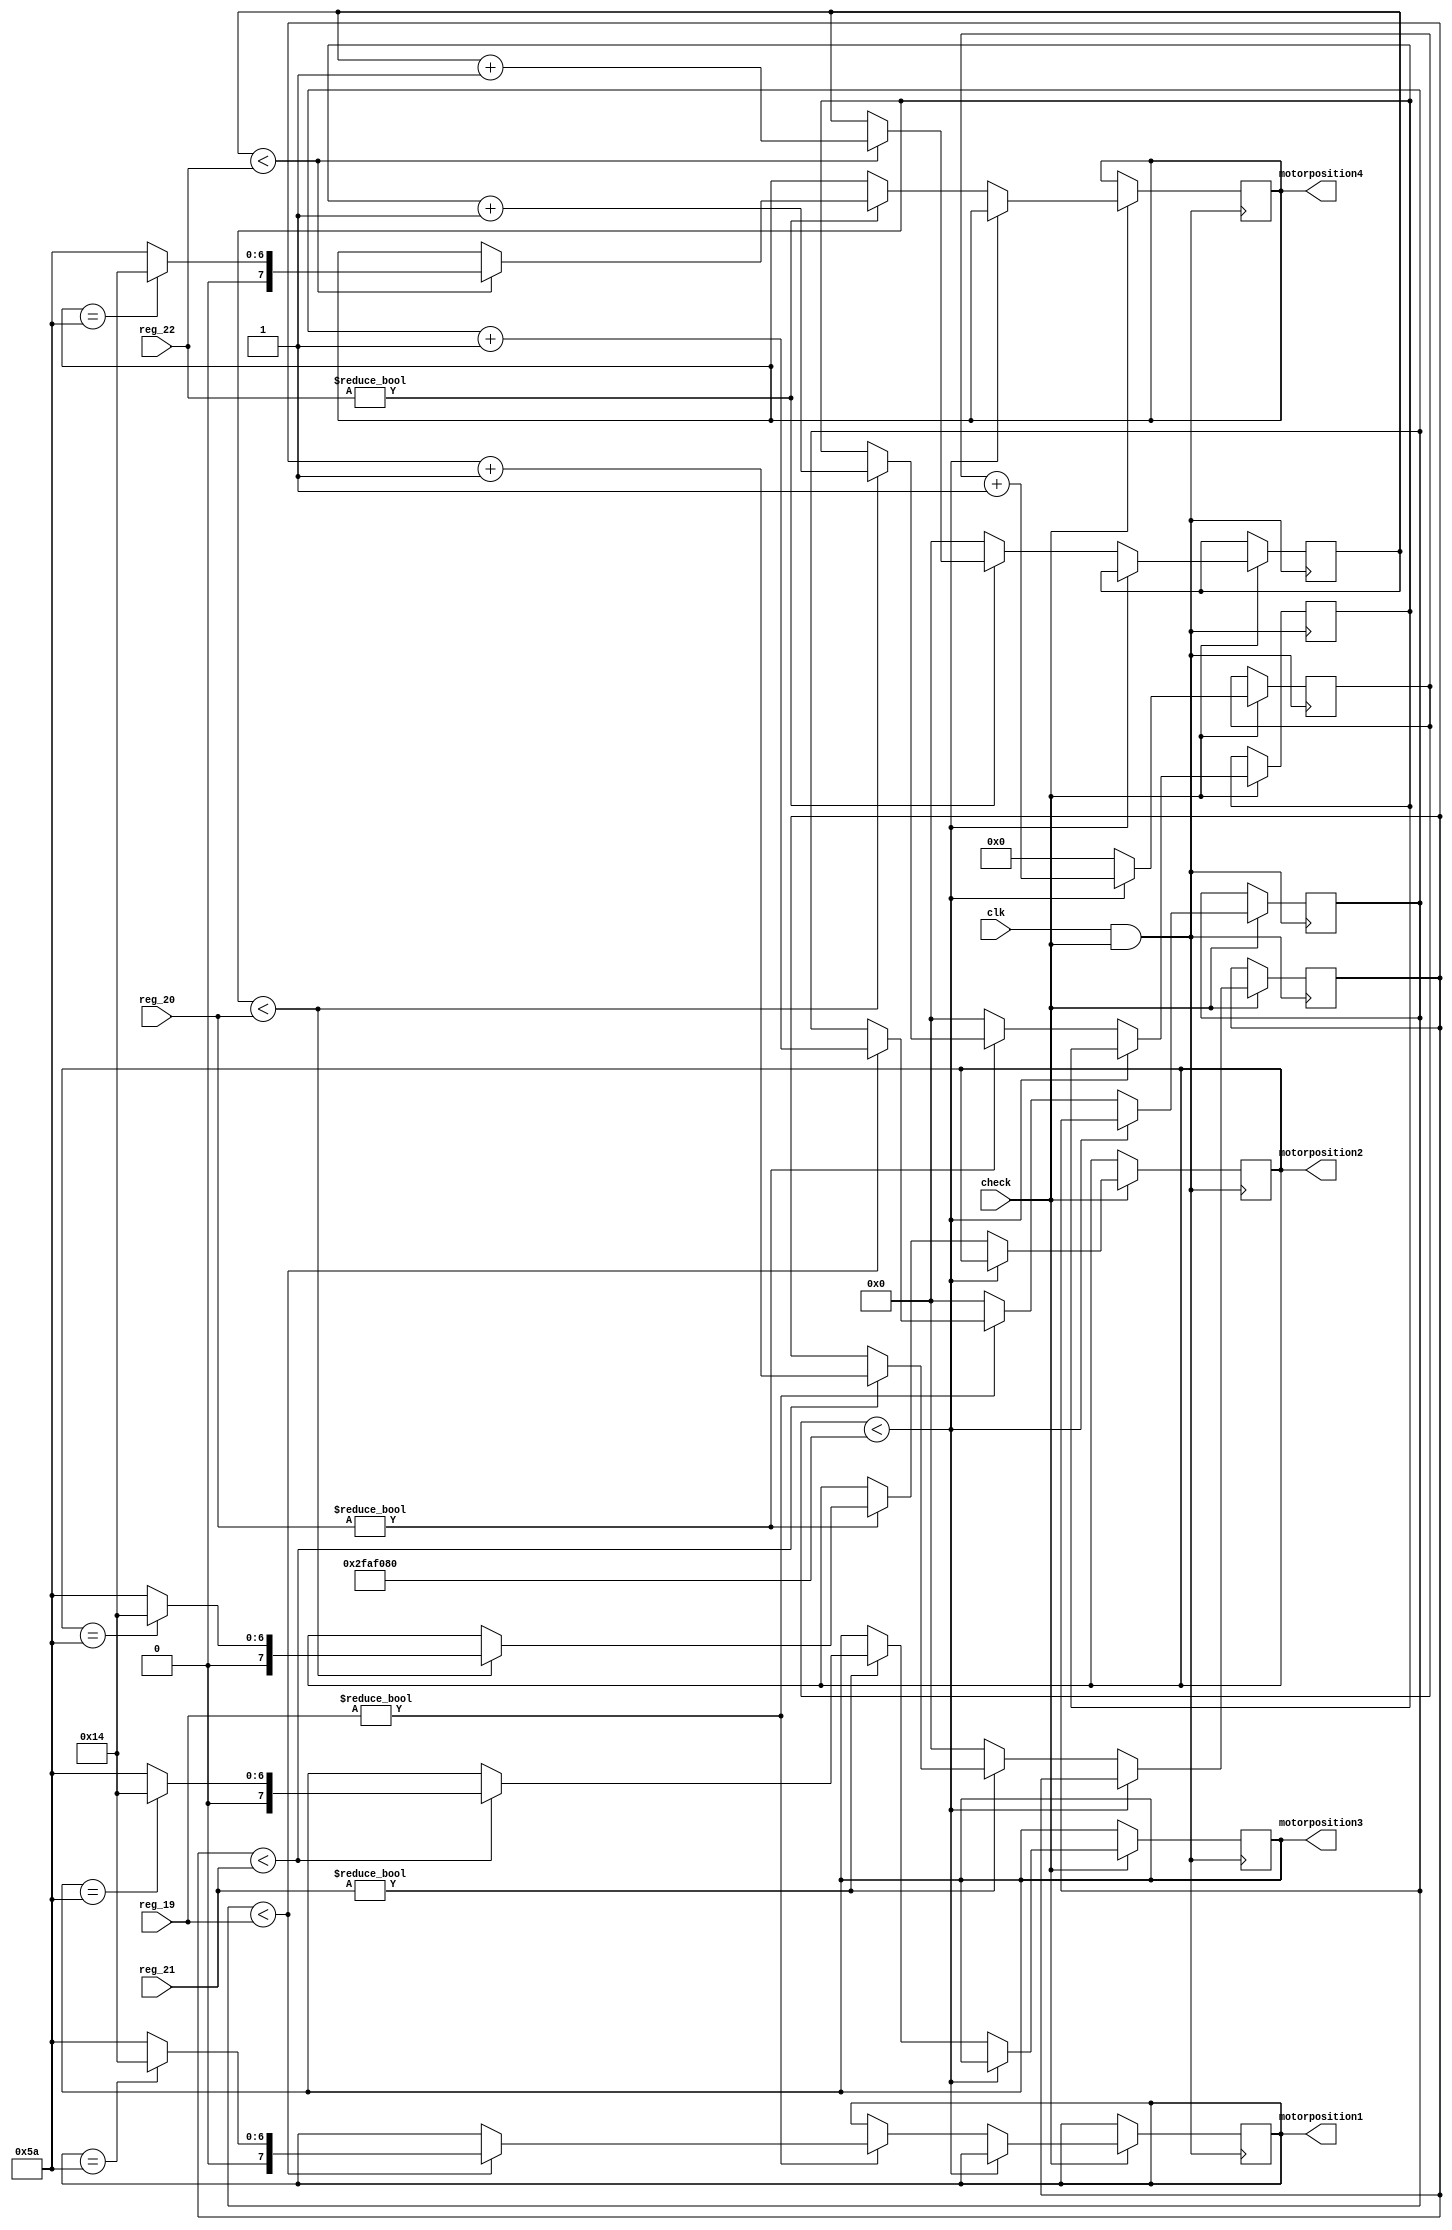
module motor_control (
    input clk,
    input check,
    input [31:0] reg_19,
    input [31:0] reg_20,
    input [31:0] reg_21,
    input [31:0] reg_22,
    output reg [7:0] motorposition1,
    output reg [7:0] motorposition2,
    output reg [7:0] motorposition3,
    output reg [7:0] motorposition4
);

reg [7:0] count_19, count_20, count_21, count_22;
reg [31:0] delay_count;

parameter CLK_FREQ = 100_000_000; // Assuming a 100 MHz clock frequency
parameter HALF_SEC_COUNT = CLK_FREQ / 2; // Half-second delay count

always @(posedge clk & check) begin
    if(check) begin
        if (delay_count < HALF_SEC_COUNT) begin
            delay_count <= delay_count + 1;
        end else begin
            delay_count <= 0;
            
            // Check register $19
            if (reg_19 != 0) begin
                if (count_19 < reg_19) begin
                    motorposition1 <= (motorposition1 == 90) ? 20 : 90;
                    count_19 <= count_19 + 1;
                end
            end else begin
                count_19 <= 0;
            end
            
            // Check register $20
            if (reg_20 != 0) begin
                if (count_20 < reg_20) begin
                    motorposition2 <= (motorposition2 == 90) ? 20 : 90;
                    count_20 <= count_20 + 1;
                end
            end else begin
                count_20 <= 0;
            end
            
            // Check register $21
            if (reg_21 != 0) begin
                if (count_21 < reg_21) begin
                    motorposition3 <= (motorposition3 == 90) ? 20 : 90;
                    count_21 <= count_21 + 1;
                end
            end else begin
                count_21 <= 0;
            end
            
            // Check register $22
            if (reg_22 != 0) begin
                if (count_22 < reg_22) begin
                    motorposition4 <= (motorposition4 == 90) ? 20 : 90;
                    count_22 <= count_22 + 1;
                end
            end else begin
                count_22 <= 0;
            end
        end
    end 
end

endmodule